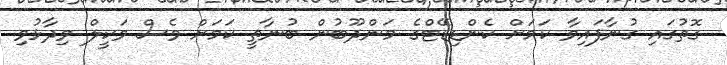
ގޮތުގައި ގުނާފައިވާ ކަމަށް ކެންޑިޑޭޓްގެ މަންދޫބުން ބުނާތީ ކަމަށް ވެސް ވަކީލް ވިދާޅުވި